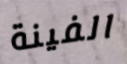
الفينة